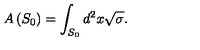
A \left( S _ { 0 } \right) = \int _ { S _ { 0 } } d ^ { 2 } x \sqrt { \sigma } .